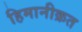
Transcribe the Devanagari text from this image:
हिमानीक्रत